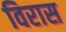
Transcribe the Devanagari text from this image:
विरास